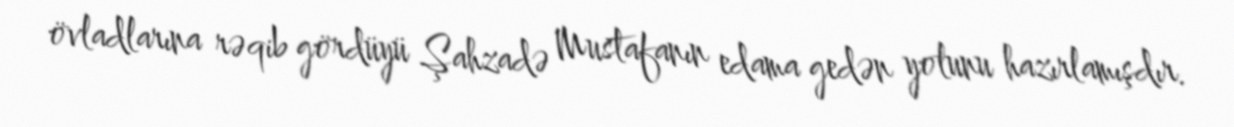
övladlarına rəqib gördüyü Şahzadə Mustafanın edama gedən yolunu hazırlamışdır.